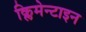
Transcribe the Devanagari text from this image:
क्लिमेन्टाइन